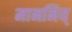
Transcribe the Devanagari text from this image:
माननिय्